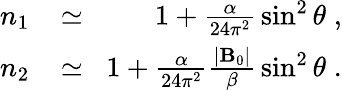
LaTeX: \begin{array}{rlr}{n_{1}\! }&{{}\simeq}&{\! 1+\frac{\alpha}{24\pi^{2}}\, \sin^{2}\theta\; ,}\\ {n_{2}\! }&{{}\simeq}&{\! 1+\frac{\alpha}{24\pi^{2}}\frac{|{\mathbf B}_{0}|}{\beta}\, \sin^{2}\theta\; .}\end{array}